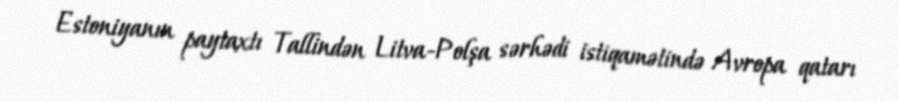
Estoniyanın paytaxtı Tallindən Litva-Polşa sərhədi istiqamətində Avropa qatarı